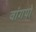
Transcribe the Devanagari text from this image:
वांगपो